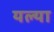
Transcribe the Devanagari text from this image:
यल्या